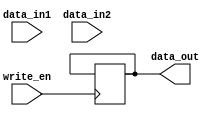
module bypass_register (
    input wire [31:0] data_in1,
    input wire [31:0] data_in2,
    input wire write_en,
    output reg [31:0] data_out
);

reg [31:0] reg_data;

always @ (posedge write_en) begin
    if (write_en) begin
        reg_data <= data_in1;
    end
end

always @ (posedge write_en) begin
    if (~write_en) begin
        data_out <= reg_data;
    end
end

endmodule